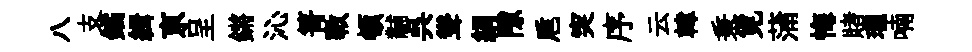
八支鐍緝亰呈鏘沁箐斁頓黼呉聳絹隙巵突序云韓秉覓蒲悔賭瓏喃